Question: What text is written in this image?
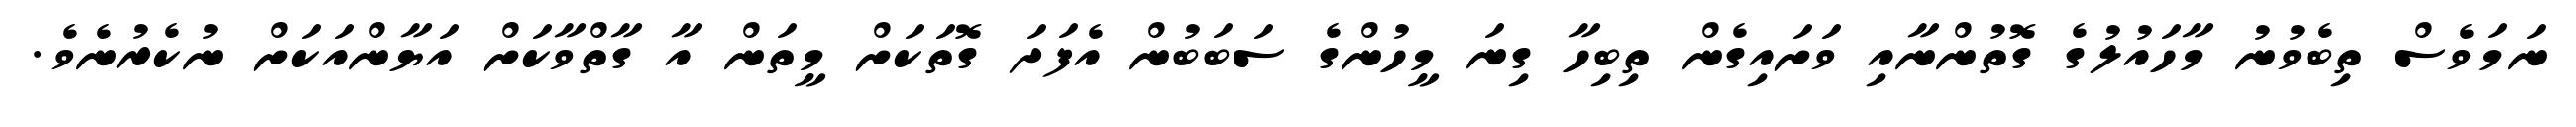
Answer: ނަމަވެސް ތިބެވުނު މާހައުލުގެ ގޮތުންނާއި ވަށައިގެން ތިބިހާ ގިނަ މީހުންގެ ސަބަބުން އެފަދަ ގޮތަކަށް މީތަން އާ ގާތްވާކަށް އަޔާންއަކަށް ނުކެރުނެވެ.